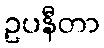
ဥပနီတာ